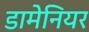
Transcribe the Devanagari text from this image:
डामेनियर